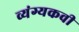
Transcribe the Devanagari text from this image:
व्यंग्यकवी